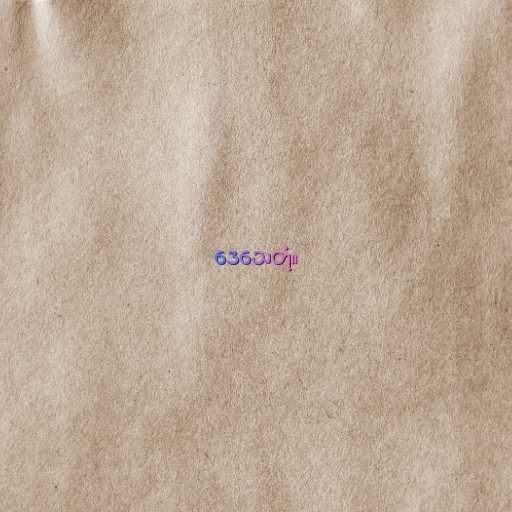
ဒေသေတုံ။